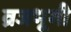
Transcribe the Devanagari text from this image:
व्रजभूमी